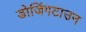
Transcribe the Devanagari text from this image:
डोजिंगटाउन